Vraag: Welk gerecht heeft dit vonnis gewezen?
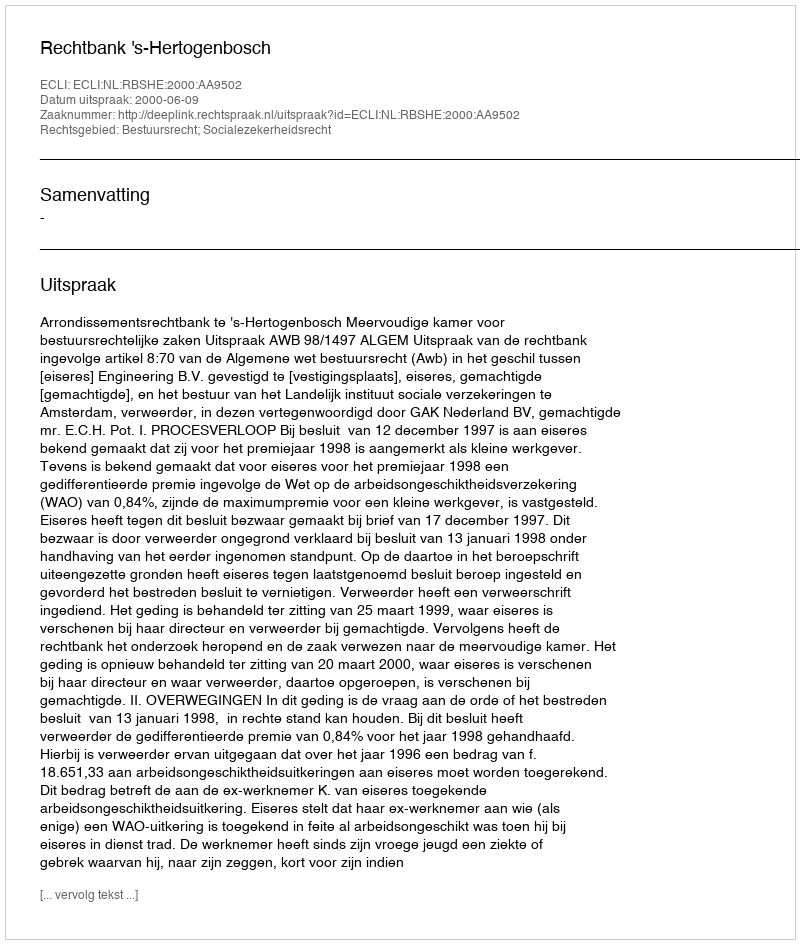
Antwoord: Rechtbank 's-Hertogenbosch